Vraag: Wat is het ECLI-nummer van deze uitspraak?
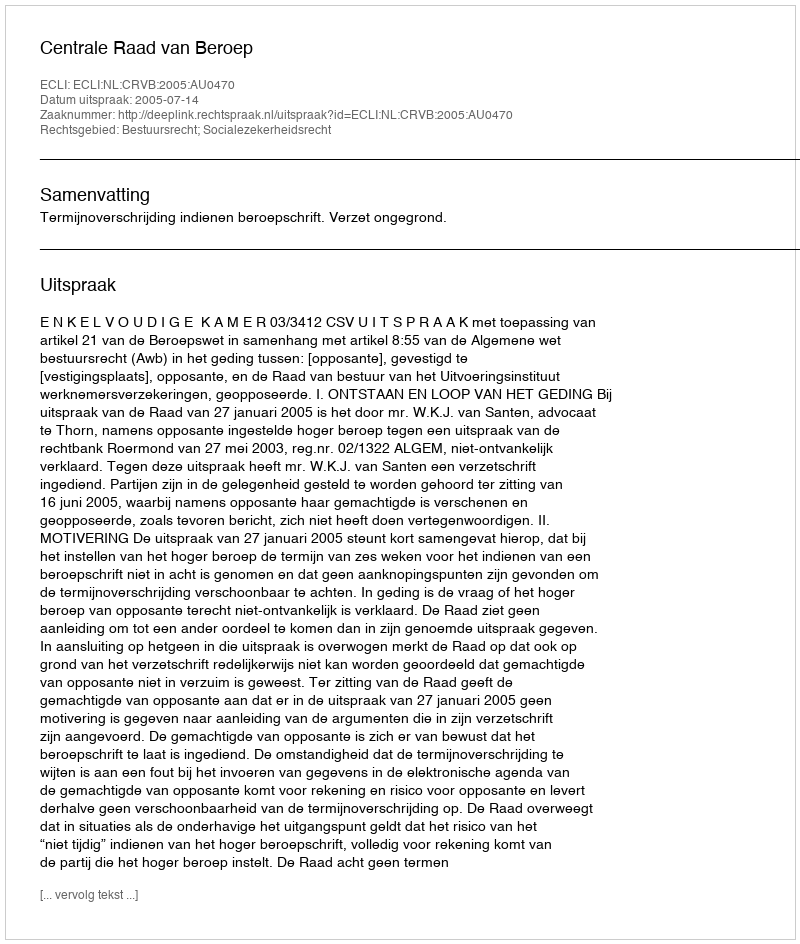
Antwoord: ECLI:NL:CRVB:2005:AU0470